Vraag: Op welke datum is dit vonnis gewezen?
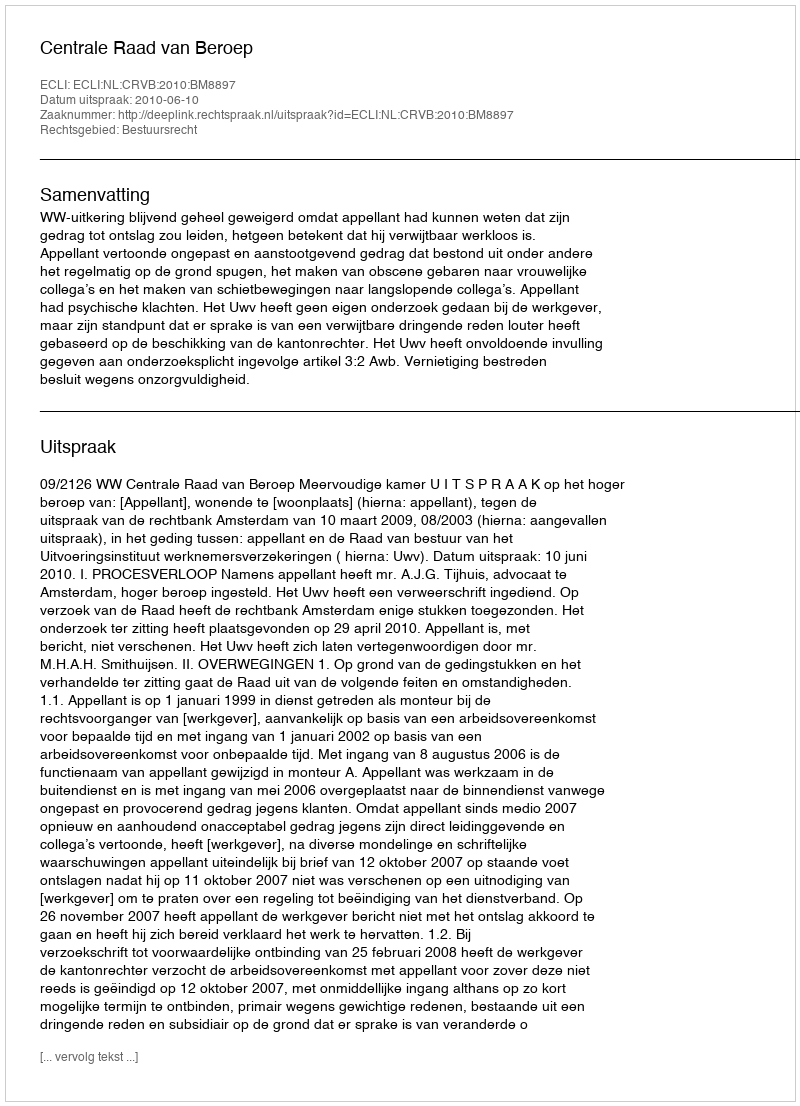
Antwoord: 2010-06-10